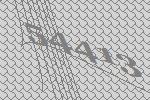
54413